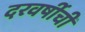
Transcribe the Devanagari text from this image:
दरवर्षीची